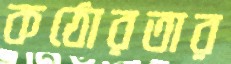
কঠোরতার